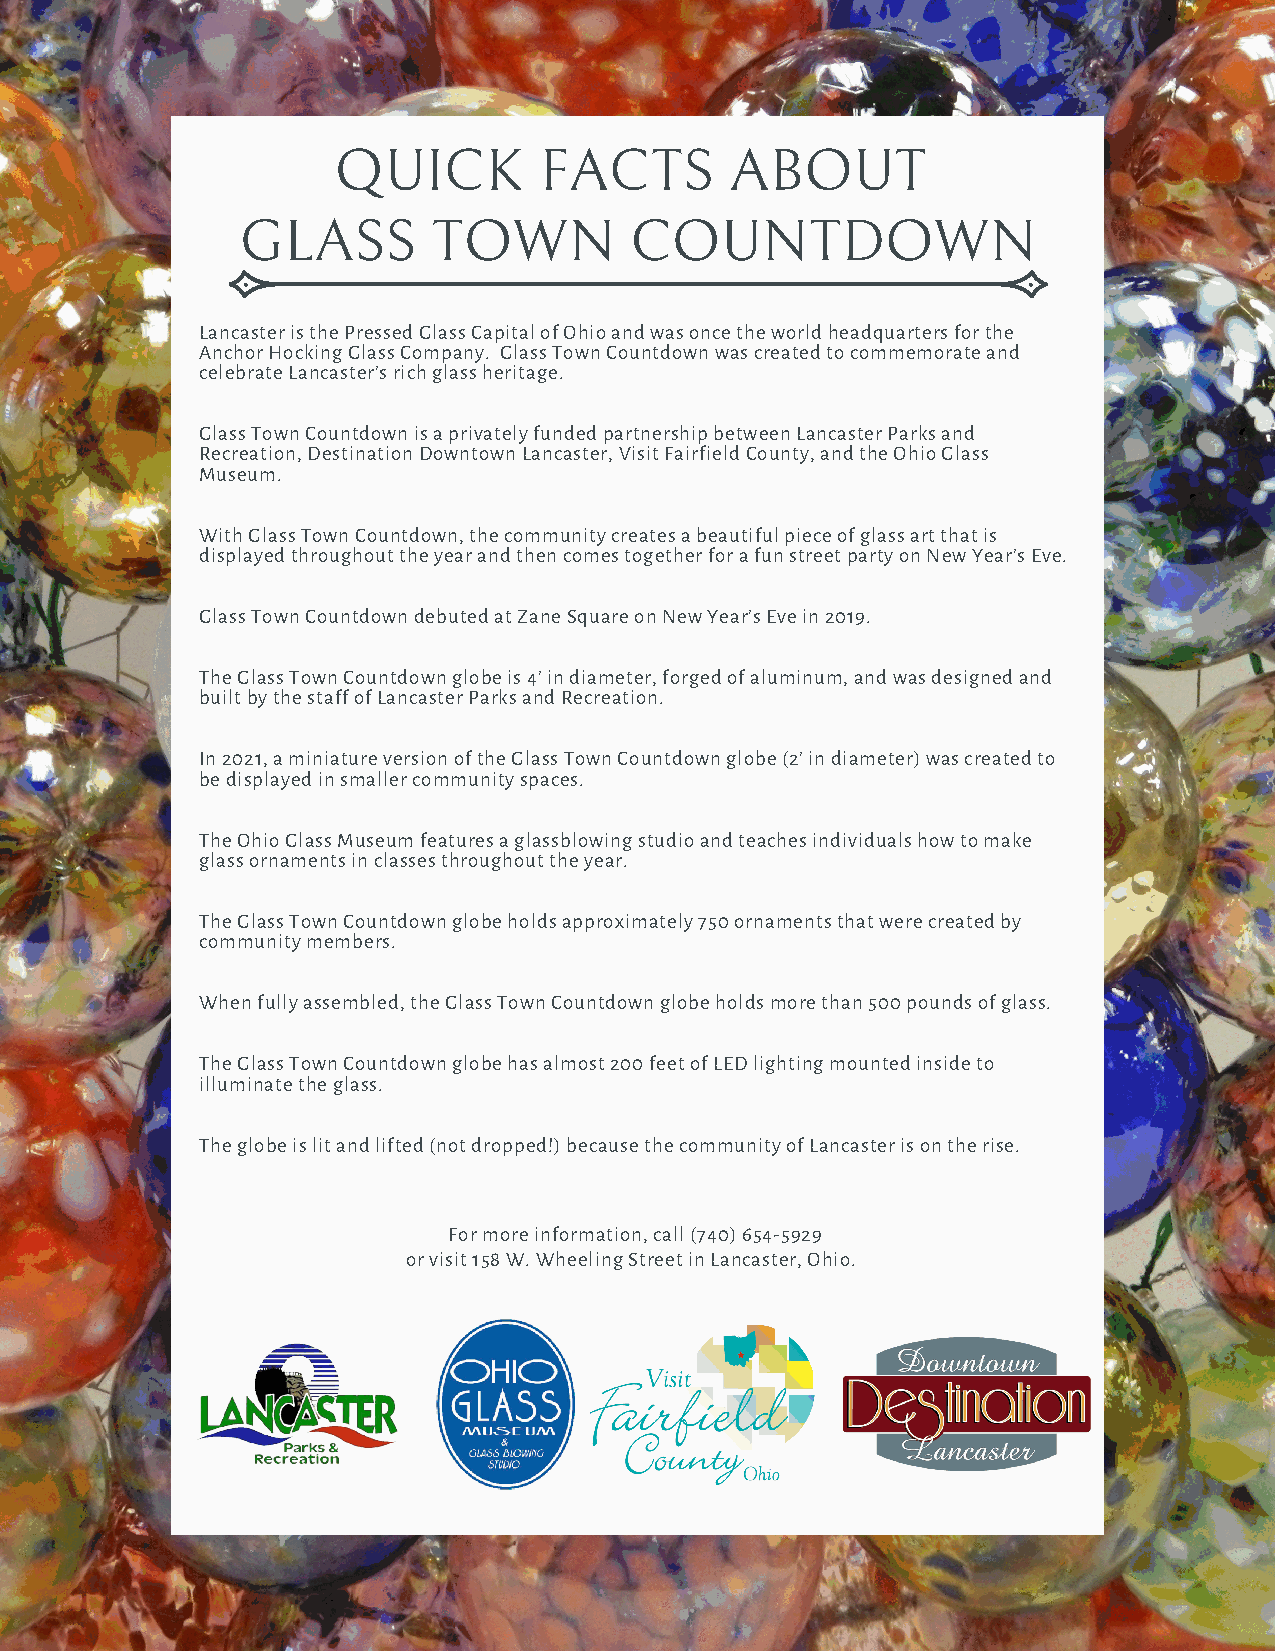
QUICK         FACTS       ABOUT
 GLASS        TOWN         COUNTDOWN
 Lancaster is the Pressed Glass Capital of Ohio and was once the world headquarters for the
 Anchor Hocking Glass Company. Glass Town Countdown was created to commemorate and
 celebrate Lancaster’s rich glass heritage.
 Glass Town Countdown is a privately funded partnership between Lancaster Parks and
 Recreation, Destination Downtown Lancaster, Visit Fairfield County, and the Ohio Glass
 Museum.
 With Glass Town Countdown, the community creates a beautiful piece of glass art that is
 displayed throughout the year and then comes together for a fun street party on New Year’s Eve.
 Glass Town Countdown debuted at Zane Square on New Year’s Eve in 2019.
 The Glass Town Countdown globe is 4’ in diameter, forged of aluminum, and was designed and
 built by the staff of Lancaster Parks and Recreation.
 In 2021, a miniature version of the Glass Town Countdown globe (2’ in diameter) was created to
 be displayed in smaller community spaces.
 The Ohio Glass Museum features a glassblowing studio and teaches individuals how to make
 glass ornaments in classes throughout the year.
 The Glass Town Countdown globe holds approximately 750 ornaments that were created by
 community members.
 When fully assembled, the Glass Town Countdown globe holds more than 500 pounds of glass.
 The Glass Town Countdown globe has almost 200 feet of LED lighting mounted inside to
 illuminate the glass.
 The globe is lit and lifted (not dropped!) because the community of Lancaster is on the rise.
 For more information, call (740) 654-5929
 or visit 158 W. Wheeling Street in Lancaster, Ohio.